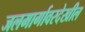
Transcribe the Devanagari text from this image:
जलमार्गावरदेखील